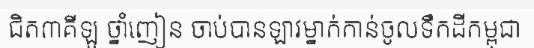
ជិត៣គីឡូ ថ្នាំញៀន ចាប់បានឡាវម្នាក់កាន់ចូលទឹកដីកម្ពុជា